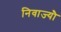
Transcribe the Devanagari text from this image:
निवाज्यौ